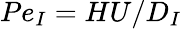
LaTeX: {Pe}_{I}=HU/D_{I}